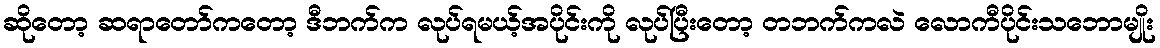
ဆိုတော့ ဆရာတော်ကတော့ ဒီဘက်က လုပ်ရမယ့်အပိုင်းကို လုပ်ပြီးတော့ တဘက်ကလဲ လောကီပိုင်းသဘောမျိုး